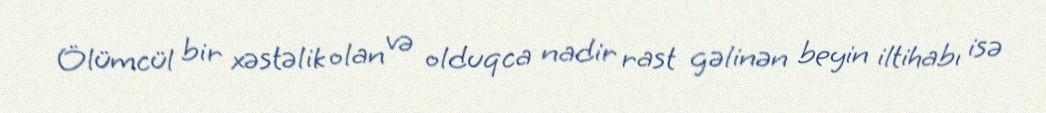
Ölümcül bir xəstəlik olan və olduqca nadir rast gəlinən beyin iltihabı isə